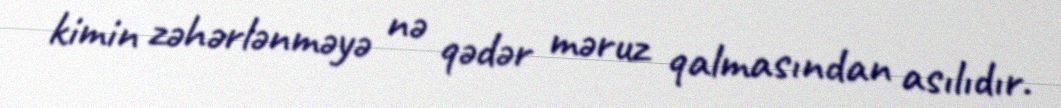
kimin zəhərlənməyə nə qədər məruz qalmasından asılıdır.